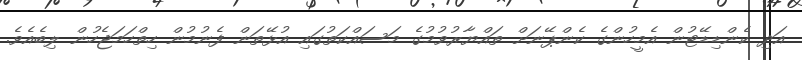
އަދި ކެންޑިޑޭޓުން އެމީހުންގެ ކެންޕޭނަށް ތައްޔާރުވުމުގެ މަސައްކަތުގައި އުޅޭތަން ފެނުމުން ހިތްހަމަޖެހުން ލިބެއެވެ.